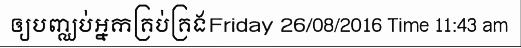
ឲ្យបញ្ឈប់អ្នកគ្រប់គ្រងFriday 26/08/2016 Time 11:43 am